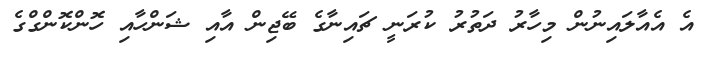
އެ އެއާލައިނުން މިހާރު ދަތުރު ކުރަނީ ޗައިނާގެ ބޭޖިން އާއި ޝަންހާއި ހޮންކޮންގްގެ